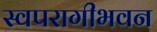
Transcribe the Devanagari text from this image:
स्वपरागीभवन